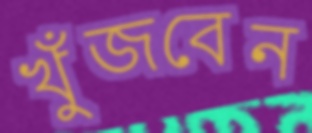
খুঁজবেন